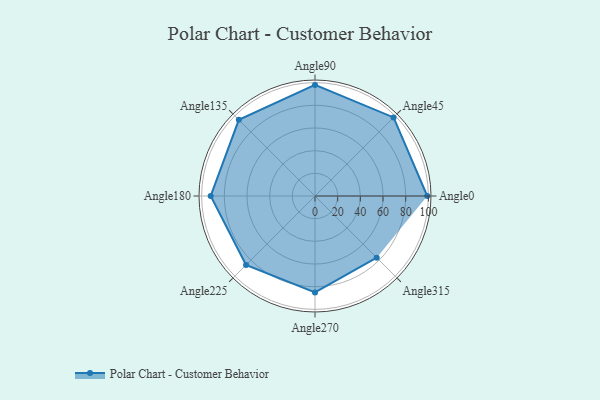
{"axis": {"x": "Angle", "y": "Radius"}, "legend": [""], "data": [{"x": "Angle0", "y": 99.0, "type": ""}, {"x": "Angle45", "y": 98.0, "type": ""}, {"x": "Angle90", "y": 98.0, "type": ""}, {"x": "Angle135", "y": 95.0, "type": ""}, {"x": "Angle180", "y": 92.0, "type": ""}, {"x": "Angle225", "y": 86.0, "type": ""}, {"x": "Angle270", "y": 85.0, "type": ""}, {"x": "Angle315", "y": 77.0, "type": ""}]}